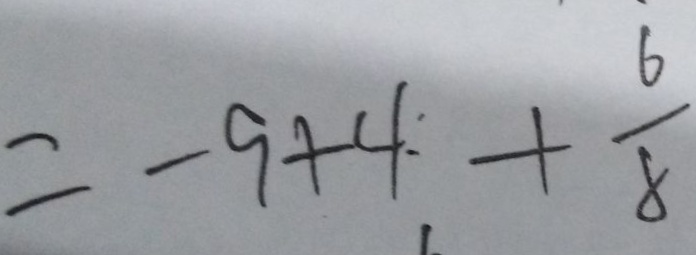
= - 9 + 4 + \frac { 6 } { 8 }